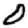
Digit: 0